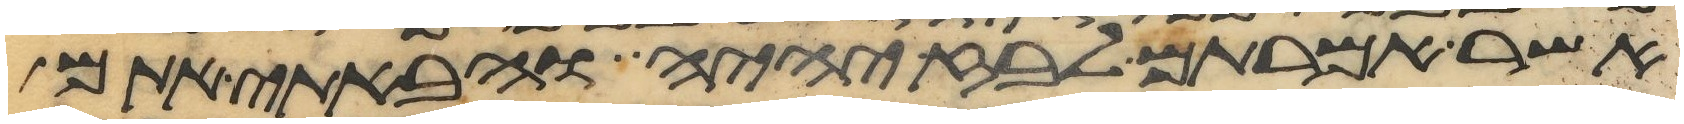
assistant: אשר אמרתם לבוז יהיה והבאתי אתם